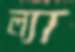
ল্যা